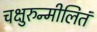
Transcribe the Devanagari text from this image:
चक्षुरुन्मीलितं